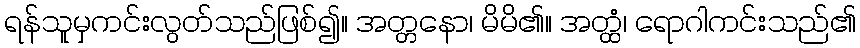
ရန်သူမှကင်းလွတ်သည်ဖြစ်၍။ အတ္တနော၊ မိမိ၏။ အတ္ထံ၊ ရောဂါကင်းသည်၏